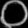
Digit: ၀